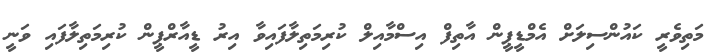
މަތިވެރީ ކައުންސިލަށް އެމްޑީޕީން އާތިފް އިސްމާއިލް ކުރިމަތިލާފައިވާ އިރު ޑީއާރްޕީން ކުރިމަތިލާފައި ވަނީ